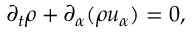
\partial _ { t } \rho + \partial _ { \alpha } ( \rho u _ { \alpha } ) = 0 ,